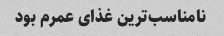
نامناسب‌ترین غذای عمرم بود